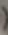
(